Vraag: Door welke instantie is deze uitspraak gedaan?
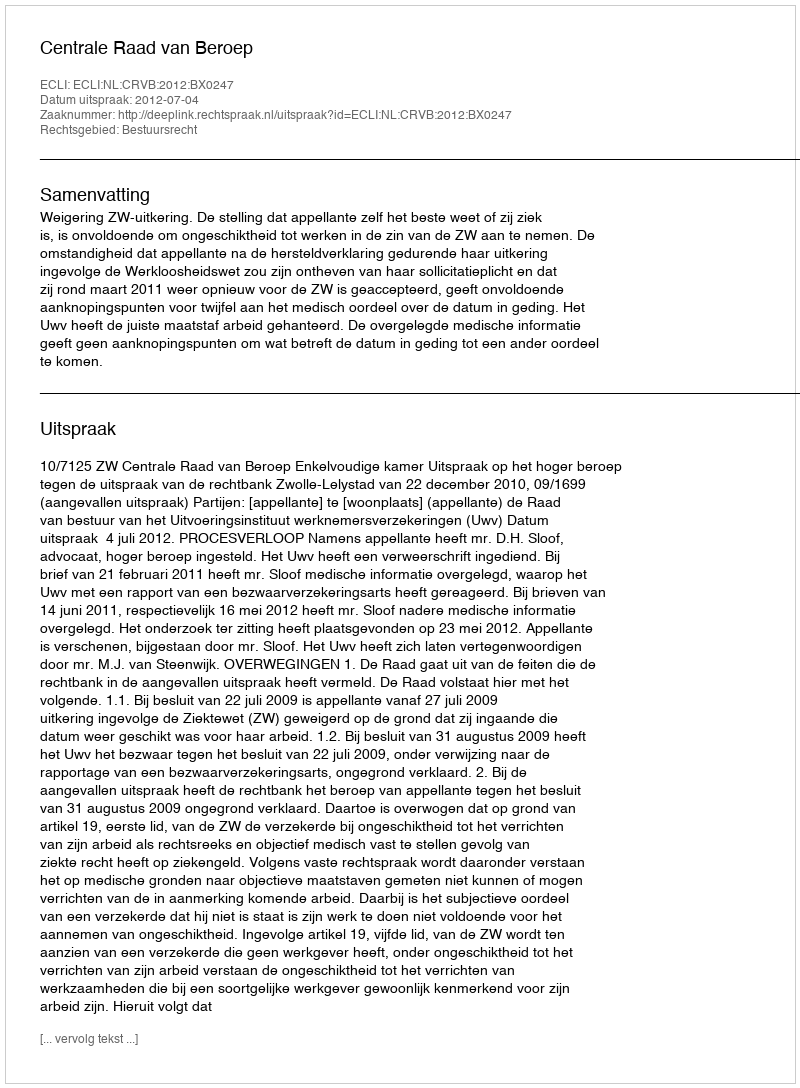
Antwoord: Centrale Raad van Beroep